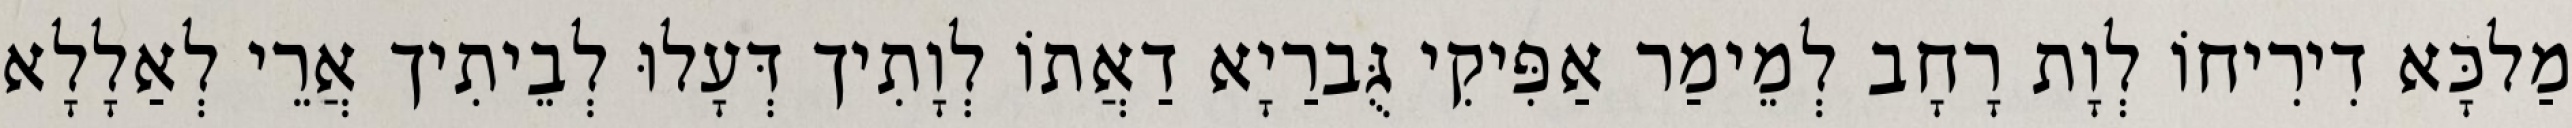
מַלכָּא דִירִיחוֹ לְוָת רָחָב לְמֵימַר אַפִּיקִי גֻּברַיָא דַאֲתוֹ לְוָתִיך דְּעָלוּ לְבֵיתִיך אֲרֵי לְאַלָלָא